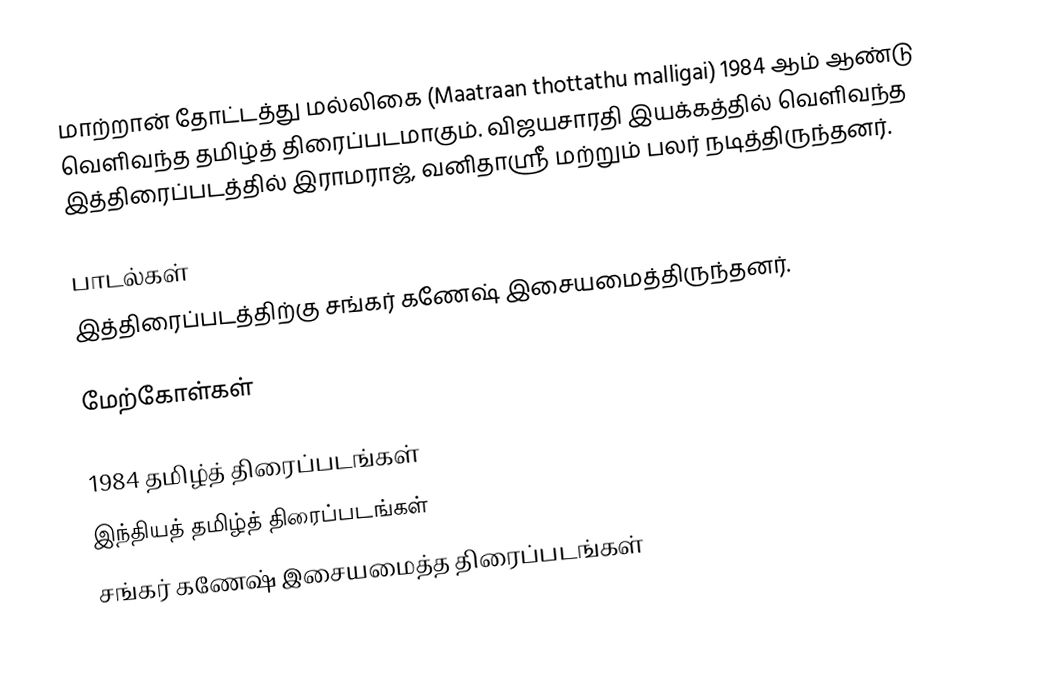
மாற்றான் தோட்டத்து மல்லிகை (Maatraan thottathu malligai) 1984 ஆம் ஆண்டு வெளிவந்த தமிழ்த் திரைப்படமாகும். விஜயசாரதி இயக்கத்தில் வெளிவந்த இத்திரைப்படத்தில் இராமராஜ், வனிதாஸ்ரீ மற்றும் பலர் நடித்திருந்தனர்.

பாடல்கள்
இத்திரைப்படத்திற்கு சங்கர் கணேஷ் இசையமைத்திருந்தனர்.

மேற்கோள்கள்

1984 தமிழ்த் திரைப்படங்கள்
இந்தியத் தமிழ்த் திரைப்படங்கள்
சங்கர் கணேஷ் இசையமைத்த திரைப்படங்கள்